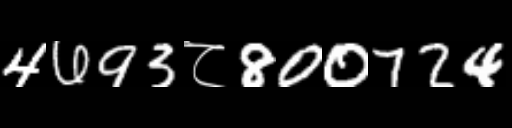
Text: 4693८800724